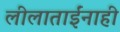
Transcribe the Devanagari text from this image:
लीलाताईंनाही